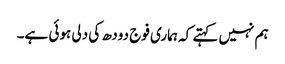
ہم نہیں کہتے کہ ہماری فوج دودھ کی دلی ہوئی ہے۔